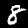
Digit: 8